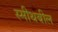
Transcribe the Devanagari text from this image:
स्मीथबील